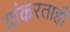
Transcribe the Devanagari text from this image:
यांकरताही